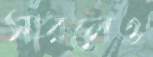
সারলেও